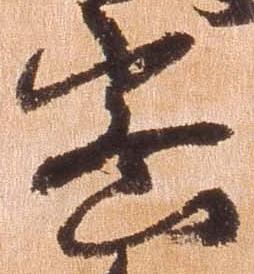
密